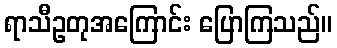
ရာသီဥတုအကြောင်း ပြောကြသည်။